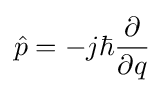
{\hat {p}}=-j\hbar {\frac {\partial }{\partial q}}